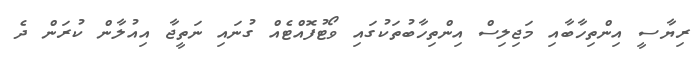
ރިޔާސީ އިންތިހާބާއި މަޖިލިސް އިންތިހާބުތަކުގައި ވޯޓުފޮއްޓެއް ގުނައި ނަތީޖާ އިއުލާން ކުރަން ދެ